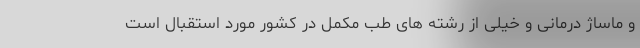
و ماساژ درمانی و خیلی از رشته های طب مکمل در کشور مورد استقبال است